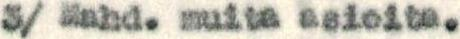
3/ Mahd. muita asioita.